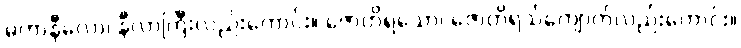
မဟာနီလော၊ နီလာကြီးလည်းကောင်း။ ဇောတိရသော၊ ဇောတိရသ်ကျောက်လည်းကောင်း။